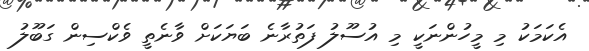
އެކަމަކު މި މީހުންނަކީ މި އުސޫލު ފަތުރާނެ ބަޔަކަށް ވާނެތީ ވެކްސިން ގަބޫލު